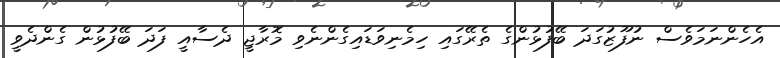
އެހެންނަމަވެސް ނުފޫޒުގަދަ ބޭފުޅުންގެ ތެރޭގައި ހިމެނިވަޑައިގެންނެވި މޮރާޖީ ދެސާއީ ފަދަ ބޭފުޅުން ގެންދެވީ